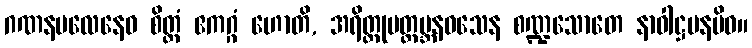
ဂဏနဗလေနေဝ စိတ္တံ ဧကဂ္ဂံ ဟောတိ, အရိတ္တုပတ္ထမ္ဘနဝသေန စဏ္ဍသောတေ နာဝါဋ္ဌပနမိဝ။